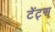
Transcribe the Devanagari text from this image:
टेंट्स